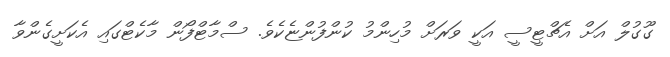
ގޫގުލް އަށް އެޗްޓީސީ އަކީ ވަރަށް މުހިންމު ކުންފުންޏެކެވެ. ސްމާޓްފޯން މާކެޓްގައި އެކަށީގެންވާ